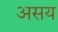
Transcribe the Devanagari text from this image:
असय